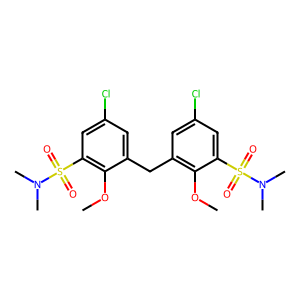
SMILES: COc1c(Cc2cc(Cl)cc(S(=O)(=O)N(C)C)c2OC)cc(Cl)cc1S(=O)(=O)N(C)C
Inhibits HIV replication: No